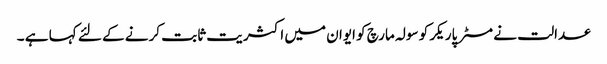
عدالت نے مسٹر پاریکر کو سولہ مارچ کو ایوان میں اکثریت ثابت کرنے کے لئے کہا ہے ۔